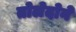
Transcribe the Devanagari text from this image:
तोलेदोने